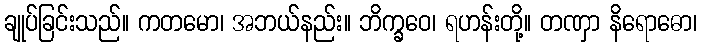
ချုပ်ခြင်းသည်။ ကတမော၊ အဘယ်နည်း။ ဘိက္ခဝေ၊ ရဟန်းတို့။ တဏှာ နိရောဓော၊